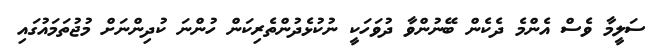
ސަލީމާ ވެސް އެންމެ ދެކެން ބޭނުންވާ ދުވަހަކީ ނުކުޅެދުންތެރިކަން ހުންނަ ކުދިންނަށް މުޖުތަމައުގައި